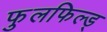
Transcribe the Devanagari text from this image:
फुलफिल्ड्